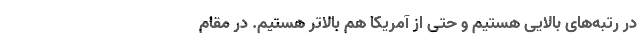
در رتبه‌های بالایی هستیم و حتی از آمریکا هم بالاتر هستیم. در مقام